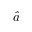
\hat { a }